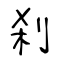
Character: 刹